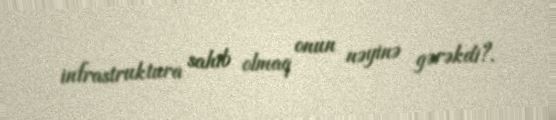
infrastruktura sahib olmaq onun nəyinə gərəkdi?.